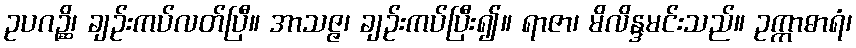
ဥပဂဉ္ဆိ၊ ချဉ်းကပ်လတ်ပြီ။ အာသဇ္ဇ၊ ချဉ်းကပ်ပြီး၍။ ရာဇာ၊ မိလိန္ဒမင်းသည်။ ဥက္ကာဓာရံ၊